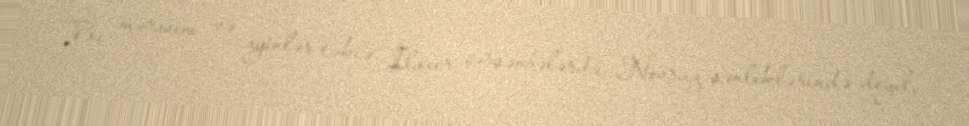
Bu mərasim və ayinlər təkcə İlaxır çərşənbələrdə, Novruz şənliklərində deyil,